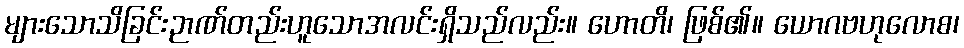
များသောသိခြင်းဉာဏ်တည်းဟူသောအလင်းရှိသည်လည်း။ ဟောတိ၊ ဖြစ်၏။ ယောဂဗဟုလောစ၊